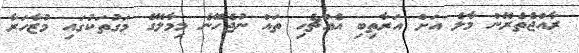
ރާއްޖެތެރޭން މާލެ އަށް އަރާތިބި އެއްޗެހި ތައް ނުޖެހޭނެ މިމާލޭގެ މަގުތަކުގައި މުޒާހަރާ